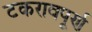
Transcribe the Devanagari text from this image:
टकरावपूर्ण